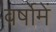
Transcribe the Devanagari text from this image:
वर्षोमें